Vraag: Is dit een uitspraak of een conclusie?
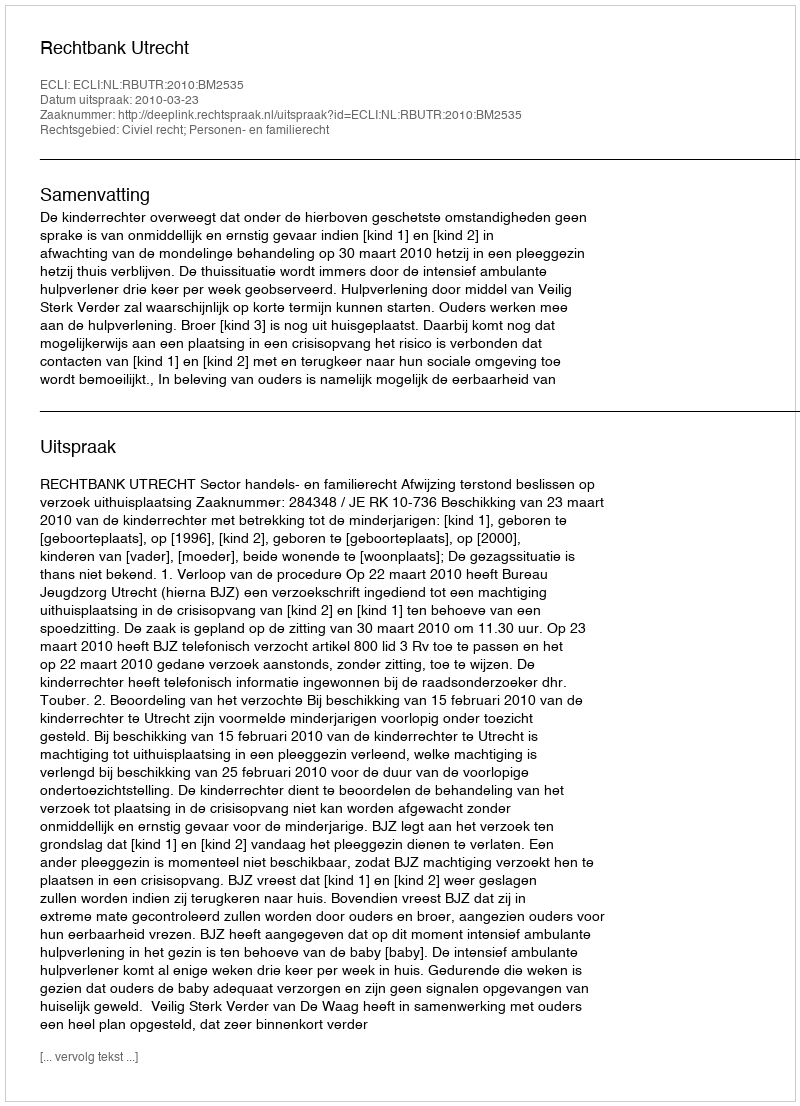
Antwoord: Uitspraak